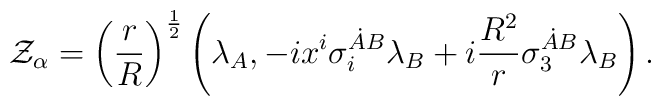
{\cal  Z}_{\alpha}=\left({r\over R}\right)^{1\over 2}\left(\lambda_A, -ix^i\sigma_i^{\dot A B}\lambda_B+i{R^2\over r}\sigma_3^{\dot A B}\lambda_B\right).